Vaccine operations Central Provinces & Berar 1912-1920 - 1912-1920
Year: 1912
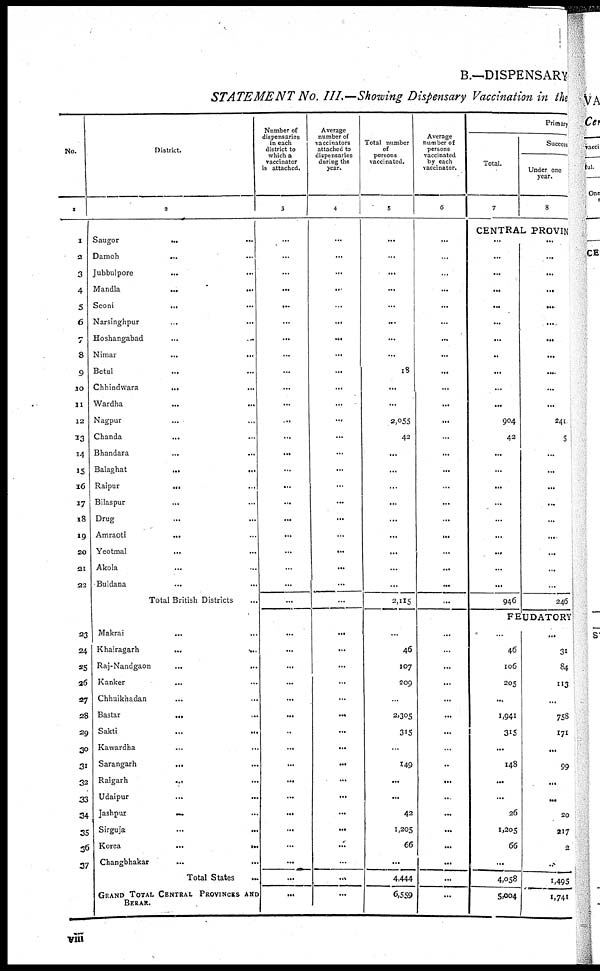
B.—DISPENSARY
STATEMENT No. III.—Showing Dispensary Vaccination in the
No.
1
1
2
3
4
5
6
7
8
9
10
11
12
13
14
15
16
17
18
19
20
21
22
23
24
25
26
27
28
29
30
31
32
33
34
35
36
37
District.
3
Saugor
...
...
Damoh
... ...
Jubbulpore ... ...
Mandla
...
...
Seoni ... ...
Narsinghpur ... ...
Hoshangabad ... ...
Nimar ... ...
Betul ... ...
Chhindwara
... ...
Wardha
...
...
Nagpur ... ...
Chanda ... ...
Bhandara ... ...
Balaghat
...
...
Raipur
... ...
Bilaspur ... ...
Drug ... ...
Amraoti
... ...
Yeotmal ... ...
Akola ... ...
Buldana ... ...
Total British Districts ...
Makrai
...
...
Khairagarh
...
...
Raj-Nandgaon
...
...
Kanker ... ...
Chhuikhadan ... ...
Bastar
... ...
Sakti ... ...
Kawardha ... ...
Sarangarh
... ...
Raigarh
... ...
Udaipur
...
...
Jashpur
...
Sirguja
...
...
Korea
...
...
Changbhakar
...
...
Total States ...
GRAND TOTAL CENTRAL PROVINCES AND
BERAR.
Number of
dispensaries
in each
district to
which a
vaccinator
is attached.
3
...
...
...
...
...
...
...
...
...
...
...
...
...
...
...
...
...
...
...
...
...
...
...
...
...
...
...
...
...
...
...
...
...
...
...
...
...
...
...
...
Average
number of
vaccinators
attached to
dispensaries
during the
year.
4
...
...
...
...
...
...
...
...
...
...
...
...
...
...
...
...
...
...
...
...
...
...
...
...
...
...
...
...
...
...
...
...
...
...
...
...
...
...
...
...
Total number
of
persons
vaccinated.
5
...
...
...
...
...
...
...
...
18
...
...
2,055
42
...
...
...
...
...
...
...
...
...
2,115
...
46
107
209
...
2,305
315
...
149
...
...
42
1,205
66
...
4,444
6,559
Average
number of
persons
vaccinated
by each
vaccinator.
6
...
...
...
...
...
...
...
...
...
...
...
...
...
...
...
...
...
...
...
...
...
...
...
...
...
...
...
...
...
...
...
...
...
...
...
...
...
...
...
...
Primary
Total.
7
Success
Under one
year.
8
CENTRAL PROVIN
...
...
...
...
...
...
...
..
...
...
...
904
42
...
...
...
...
...
...
...
...
...
946
...
...
...
...
...
...
...
...
...
...
...
241
5
...
...
...
...
...
...
...
...
...
246
FEUDATORY
...
46
106
205
...
1,941
315
...
148
...
...
26
1,205
66
...
4,058
5,004
...
31
84
113
...
758
171
...
99
...
...
20
217
2
...
1,495
1,741
viii